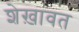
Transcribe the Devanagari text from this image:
शेख़ावत